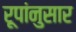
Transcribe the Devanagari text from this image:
रूपांनुसार